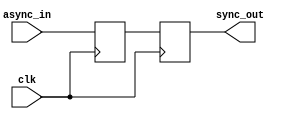
module pulse_synchronizer (
    input      clk,      // Common clock signal
    input      async_in, // Asynchronous pulse signal
    output reg sync_out   // Synchronized pulse signal
);

reg async_d; // Delayed version of the asynchronous input signal

always @(posedge clk) begin
    async_d <= async_in; // Delay the asynchronous input signal
    sync_out <= async_d; // Synchronize the input pulses to the common clock domain
end

endmodule